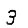
Digit: 3